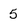
Character: 5